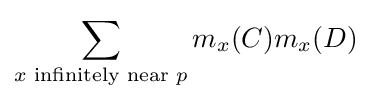
\sum _{x{\text{ infinitely near }}p}m_{x}(C)m_{x}(D)